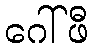
ဂေါ်ဖီ